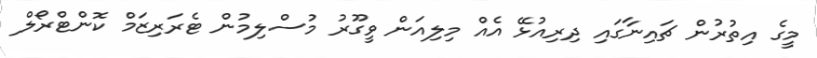
މީގެ އިތުރުން ޗައިނާގައި ދިރިއުޅޭ އެއް މިލިއަން ވީގޫރު މުސްލިމުން ޓެރަރިޒަމް ކޮންޓްރޯލް